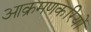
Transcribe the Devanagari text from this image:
आक्रमणकरियों